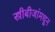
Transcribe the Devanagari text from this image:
स्त्रीबीजांमधून